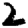
Digit: 2